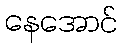
နေအောင်